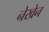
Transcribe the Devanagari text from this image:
नेखेन